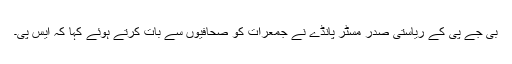
بی جے پی کے ریاستی صدر مسٹر پانڈے نے جمعرات کو صحافیوں سے بات کرتے ہوئے کہا کہ ایس پی۔